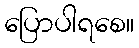
ပြောပါရစေ။